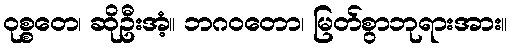
ဝုစ္စတေ၊ ဆိုဦးအံ့။ ဘဂဝတော၊ မြတ်စွာဘုရားအား။